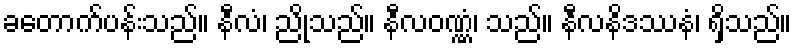
ခတောက်ပန်းသည်။ နီလံ၊ ညိုသည်။ နီလဝဏ္ဏံ၊ သည်။ နီလနိဒဿနံ၊ ရှိသည်။